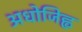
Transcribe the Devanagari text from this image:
अधोजिह्व